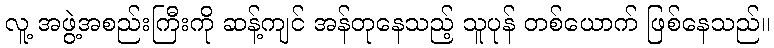
လူ့ အဖွဲ့အစည်းကြီးကို ဆန့်ကျင် အန်တုနေသည့် သူပုန် တစ်ယောက် ဖြစ်နေသည်။